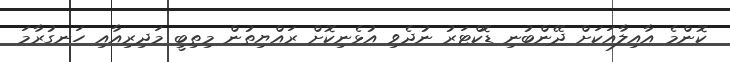
ކޮންމެ އާއިލާއަކަށް ދޭންބުނި ޑޮކްޓަރު ނުދެވި އުޅެނިކޮށް ރައްޔިތުން މިތިބީ މަދިރިއާއި ހަނގުރާމަ